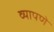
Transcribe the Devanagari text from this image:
व्यापणे